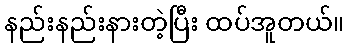
နည်းနည်းနားတဲ့ပြီး ထပ်အူတယ်။